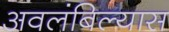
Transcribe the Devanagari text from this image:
अवलंबिल्यास